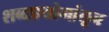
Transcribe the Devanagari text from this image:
शब्दप्रयोगांतून